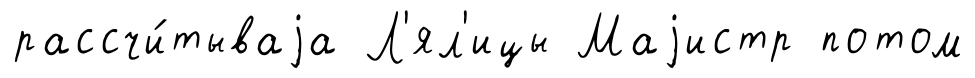
рассчи́тываjа Л'ял'ицы Маjистр потом